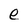
Character: e